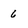
Character: 6